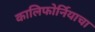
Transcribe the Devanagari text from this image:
कालिफोर्नियाचा